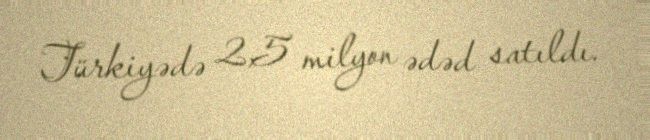
Türkiyədə 2,5 milyon ədəd satıldı.